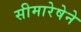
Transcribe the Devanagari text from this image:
सीमारेषेने